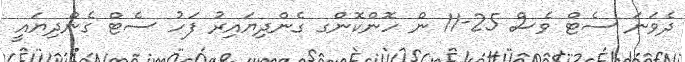
ދެވަނަ ސެޓް ވެސް 25-11 ން ހޮންކޮންގ ގެންދިޔައިރު ފަހު ސެޓް ގެންދިޔައީ